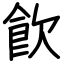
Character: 飮